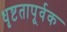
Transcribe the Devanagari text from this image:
धृष्टतापूर्वक